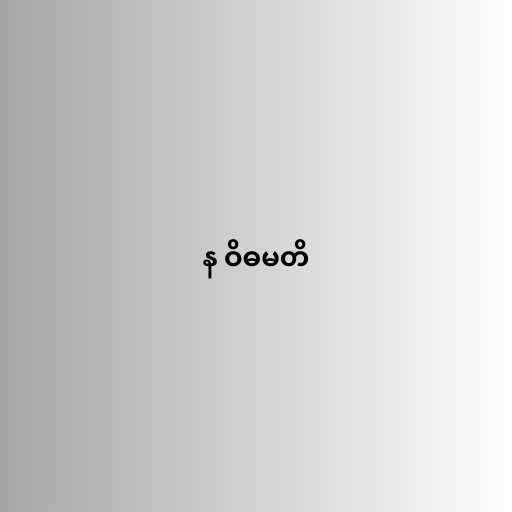
န ဝိဓမတိ